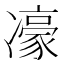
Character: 𪞯